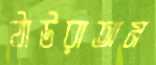
ঠাউরাতাম